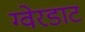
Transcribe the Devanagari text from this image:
ग्वेरडाट